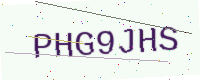
Text: PHG9JHS